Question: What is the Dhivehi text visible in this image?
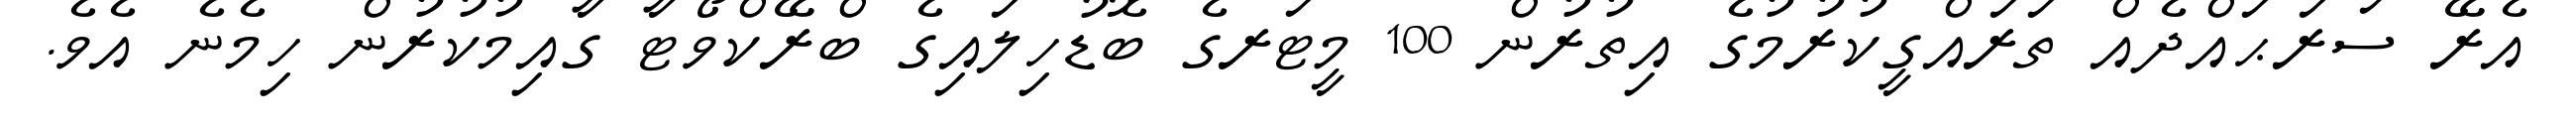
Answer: އެރޭ ސަރަޙައްދެއް ތަރައްގީކުރުމުގެ އިތުރުން 100 މީޓަރގެ ބޮޑުހިލައިގެ ބްރޭކްވޯޓާ ގާއިމުކުރުން ހިމެނެ އެވެ.